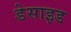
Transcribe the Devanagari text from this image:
डेसाइड